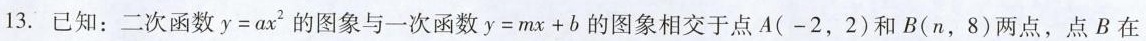
13. 已知：二次函数 $$y = a x ^ { 2 } 的图象与一次函数$$y = m x + b$$ 的图象相交于点 A ( -2，2 ) 和 B ( n，8 )两点，点 B